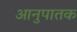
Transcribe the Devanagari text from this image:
आनुपातक